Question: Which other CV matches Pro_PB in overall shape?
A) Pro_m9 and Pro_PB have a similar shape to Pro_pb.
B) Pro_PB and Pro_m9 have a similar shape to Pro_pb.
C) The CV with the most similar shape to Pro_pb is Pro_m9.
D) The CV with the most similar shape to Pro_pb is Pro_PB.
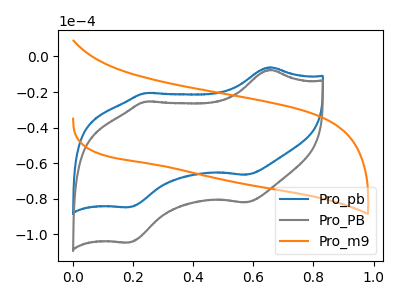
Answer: <think>The blue curve "Pro_pb" has anodic peaks at (0.65V, -6.10uA) (0.25V, -20.55uA) and cathodic peaks at (0.60V, -66.55uA) (0.20V, -84.80uA). The gray curve "Pro_PB" has anodic peaks at (0.65V, -7.55uA) (0.25V, -25.40uA) and cathodic peaks at (0.60V, -82.15uA) (0.20V, -104.65uA). The orange curve "Pro_m9" has no peaks.
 All the peaks in "Pro_pb" have a peak in "Pro_PB" at the same potential. "Pro_pb" and "Pro_m9" have a different number of peaks. "Pro_PB" and "Pro_m9" have a different number of peaks.</think>
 <answer>D) The CV with the most similar shape to "Pro_pb" is "Pro_PB".</answer>
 <eval>D</eval>